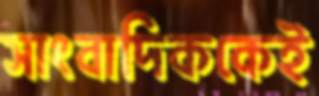
সাংবাদিককেই